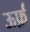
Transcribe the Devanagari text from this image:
ऊर्फ़